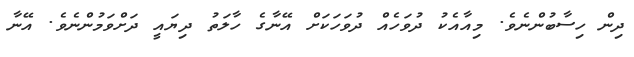
ދިން ހިސާބުންނެވެ. މިއާއެކު ދުވަހެއް ދުވަހަކަށް އޭނާގެ ހާލަތު ދިޔައީ ދަށްވަމުންނެވެ. އޭނާ